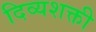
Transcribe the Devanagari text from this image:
दिव्यशक्ती